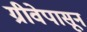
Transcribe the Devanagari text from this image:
ग्रीवेपासून